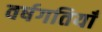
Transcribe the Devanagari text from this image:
वर्षगतियाँ